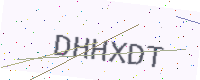
Text: DHHXDT